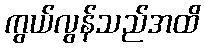
ကွယ်လွန်သည်အထိ